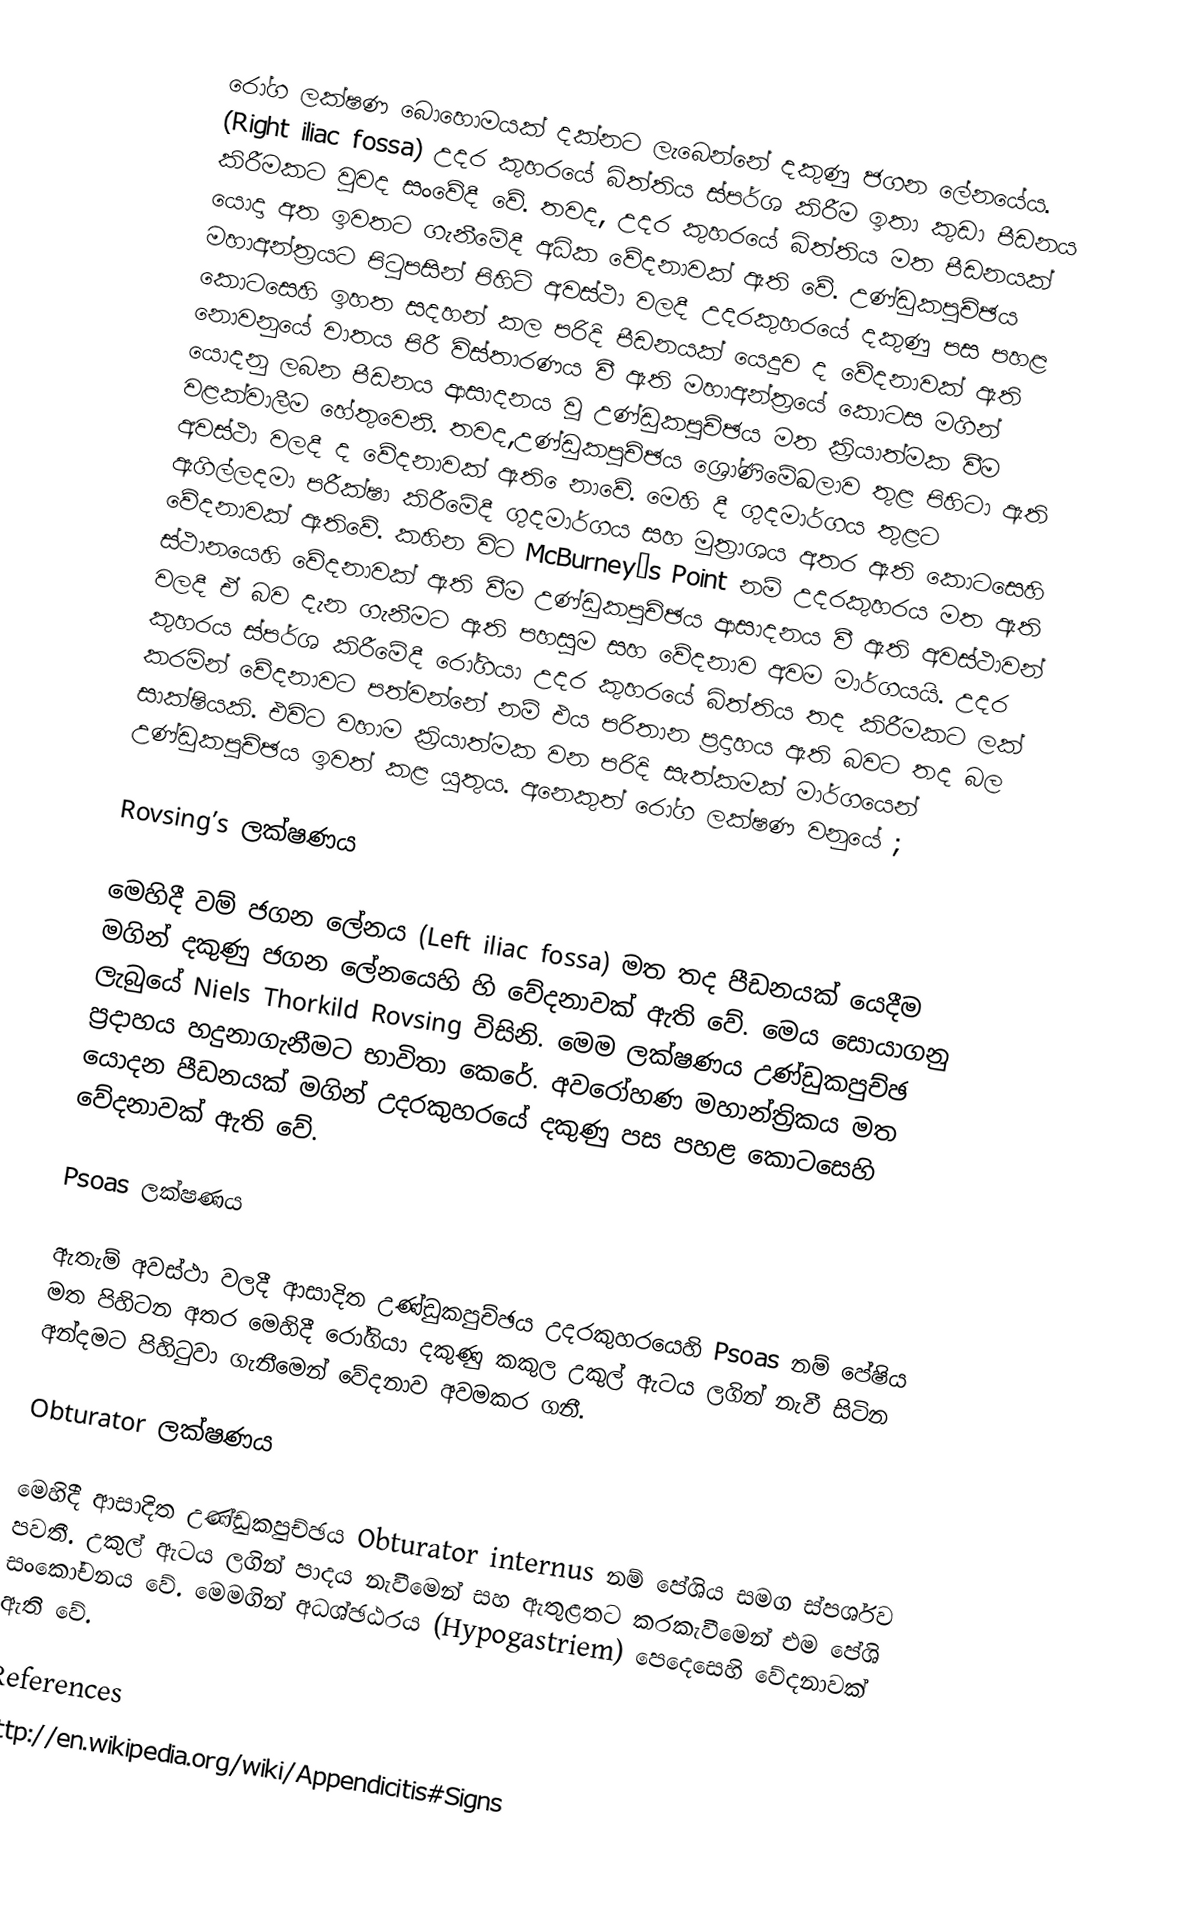
රෝග ලක්ෂණ බොහොමයක් දක්නට ලැබෙන්නේ  දකුණු ජගන ලේනයේය. (Right iliac fossa) උදර කුහරයේ බිත්තිය ස්පර්ශ කිරීම ඉතා කුඩා පීඩනය කිරීමකට වුවද සංවේදී වේ.  තවද, උදර කුහරයේ බිත්තිය මත පීඩනයක් යොදා අත ඉවතට ගැනීමේදී අධික වේදනාවක් ඇති වේ.  උණ්ඩුකපුච්ඡය මහාඅන්ත්‍රයට පිටුපසින් පිහිටි අවස්ථා වලදී උදරකුහරයේ දකුණු පස පහළ කොටසෙහි ඉහත සදහන් කල පරිදි පීඩනයක් යෙදුව ද වේදනාවක් ඇති නොවනුයේ වාතය පිරී විස්තාරණය වී ඇති මහාඅන්ත්‍රයේ කොටස මගින් යොදනු ලබන පීඩනය ආසාදනය වූ උණ්ඩුකපුච්ඡය මත ක්‍රියාත්මක වීම වළක්වාලීම හේතුවෙනි. තවද,උණ්ඩුකපුච්ඡය ශ්‍රෝණිමේඛලාව තුළ පිහිටා ඇති අවස්ථා වලදී ද වේදනාවක් ඇති ‍ෙනාවේ. මෙහි දී  ගුදමාර්ගය තුළට ඇගිල්ලදමා පරීක්ෂා කිරීමේදී ගුදමාර්ගය සහ මුත්‍රාශය අතර ඇති කොටසෙහි වේදනාවක් ඇතිවේ. කහින විට McBurney’s Point  නම් උදරකුහරය මත ඇති ස්ථානයෙහි වේදනාවක් ඇති වීම උණ්ඩුකපුච්ඡය ආසාදනය වී ඇති අවස්ථාවන් වලදී ඒ බව දැන ගැනීමට ඇති පහසුම සහ වේදනාව අවම මාර්ගයයි. උදර කුහරය ස්පර්ශ කිරීමේදී රෝගියා උදර කුහරයේ බිත්තිය තද කිරීමකට ලක් කරමින් වේදනාවට පත්වන්නේ නම් එය පරිතාන ප්‍රදාහය ඇති බවට තද බල සාක්ෂියකි. එවිට වහාම ක්‍රියාත්මක වන පරිදි  සැත්කමක් මාර්ගයෙන් උණ්ඩුකපුච්ඡය ඉවත් කළ යුතුය.  අනෙකුත් රෝග ලක්ෂණ වනුයේ ;

Rovsing’s ලක්ෂණය

මෙහිදී වම් ජගන ලේනය (Left iliac fossa)  මත තද පීඩනයක් යෙ‍දීම මගින් දකුණු ජගන ලේනයෙහි  හි වේදනාවක් ඇති වේ.  මෙය සොයාගනු ලැබුයේ Niels Thorkild Rovsing විසිනි. මෙම ලක්ෂණය උණ්ඩුකපුච්ඡ ප්‍රදාහය හදුනාගැනීමට භාවිතා කෙරේ. අවරෝහණ මහාන්ත්‍රිකය මත යොදන පීඩනයක් මගින් උදරකුහරයේ දකුණු පස පහළ කොටසෙහි වේදනාවක් ඇති වේ.

Psoas ලක්ෂණය

ඇතැම් අවස්ථා වලදී ආසාදිත උණ්ඩුකපුච්ඡය උදරකුහරයෙහි Psoas නම් පේෂිය මත පිහිටන අතර මෙහිදී රෝගියා දකුණු කකුල උකුල් ඇටය ලගින් නැවී සිටින අන්දමට පිහිටුවා ගැනීමෙන් වේදනාව අවමකර ගනී.

Obturator ලක්ෂණය

මෙ‍හිදී ආසාදිත උණ්ඩුකපුච්ඡය Obturator internus නම් පේශිය සමග ස්පර්ශව පවතී. උකුල් ඇටය ලගින් පාදය නැවීමෙන් සහ ඇතුළතට කරකැවීමෙන් එම පේශි සංකෝචනය වේ. මෙමගින් අධශ්ඡඨරය (Hypogastriem) පෙදෙසෙහි වේදනාවක් ඇති වේ.

References
http://en.wikipedia.org/wiki/Appendicitis#Signs